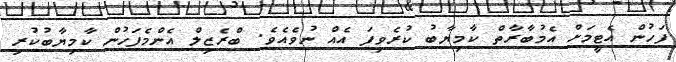
ފަހުން އެޓީމަށް އެމުބާރާތް ކާމިޔާބު ކުރެވިފަ އެއް ނުވެއެވެ. ބްރެޒިލް އެންމެފަހުން ކާމިޔާބުކުރި